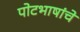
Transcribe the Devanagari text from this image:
पोटभाषांचे